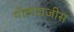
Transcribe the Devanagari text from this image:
गोलंदाजीस